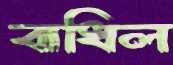
বাধিল